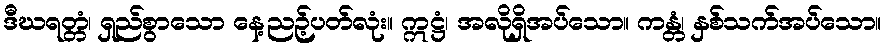
ဒီဃရတ္တံ၊ ရှည်စွာသော နေ့ညဉ့်ပတ်လုံး။ ဣဋ္ဌံ၊ အလိုရှိအပ်သော။ ကန္တံ၊ နှစ်သက်အပ်သော။